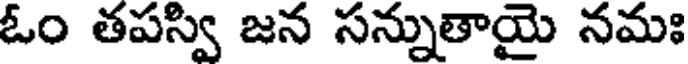
ఓం తపస్వి జన సన్నుతాయై నమః